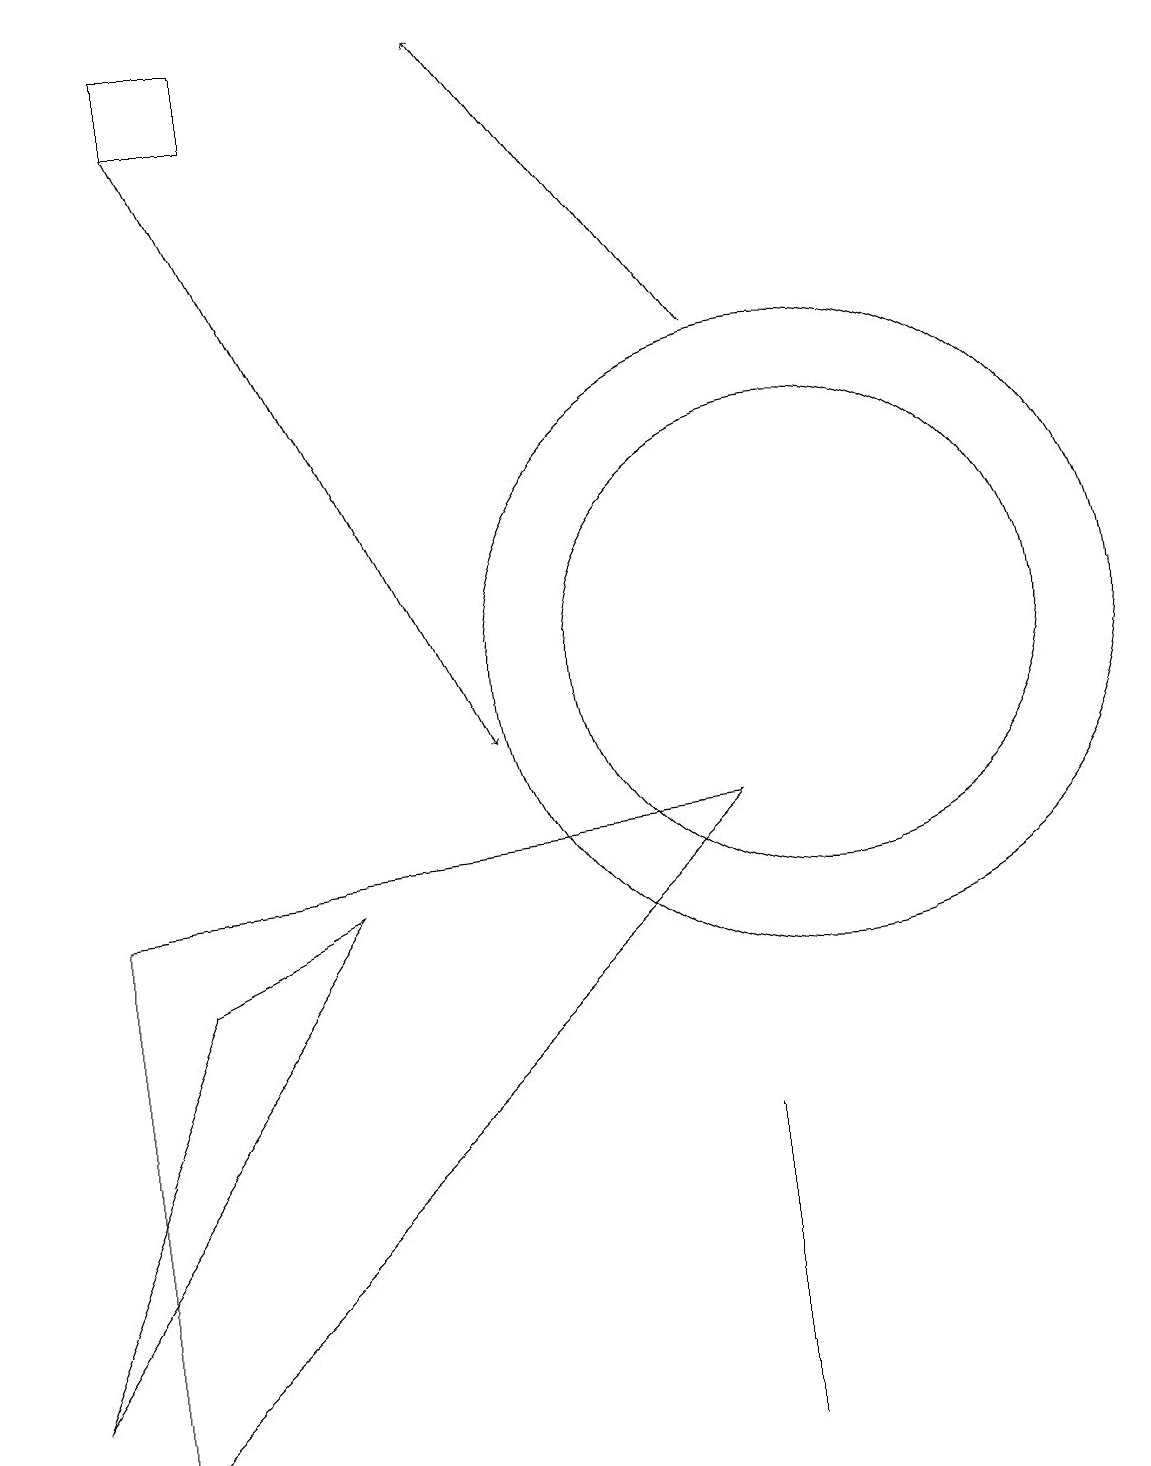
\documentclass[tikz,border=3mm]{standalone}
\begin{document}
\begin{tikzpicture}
\draw[->] (9,15) -- (6,19);
\draw (1,8) -- (1,1) -- (9,9) -- cycle;
\draw (2,19) rectangle (3,18);
\draw (9,1) -- (9,2) -- (9,5) -- cycle;
\draw (10,11) circle (3);
\draw (4,8) -- (2,7) -- (0,2) -- cycle;
\draw (10,11) circle (4);
\draw[->] (2,18) -- (6,10);
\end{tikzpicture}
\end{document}